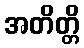
အတိတ္တိ